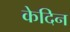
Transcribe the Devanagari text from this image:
केदिन